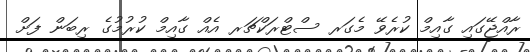
ރާއްޖޭގައި ގާއިމް ކުރެވޭ މެގަރ ސްޓްރަކްޗަރ އެއް ގާއިމް ކުރުމުގެ ރިބަން ފަށް